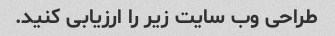
طراحی وب سایت زیر را ارزیابی کنید.